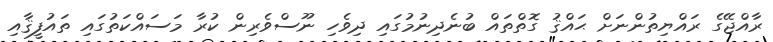
ރާއްޖޭގެ ރައްޔިތުންނަށް ޙައްޤު ގޮތްތައް ބުނެދިނުމުގައި ދިވެހި ނޫސްވެރިން ކުރާ މަސައްކަތުގައި ތައުފީޤާއި